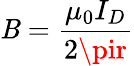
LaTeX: \mathit{B}={\frac{{\mu_{0}I_{D}}}{{2\pir}}}